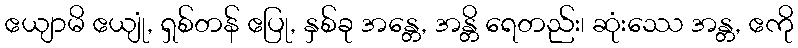
ဧယျာမိ ဧယျုံ, ရှစ်တန် ဧပြု, နှစ်ခု အန္တေ, အန္တိ ရေတည်း၊ ဆုံးဿေ အန္တ, ဧကို